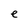
Character: e